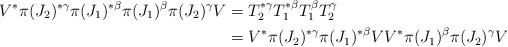
LaTeX: \begin{align*}V^*\pi(J_2)^{*\gamma}\pi(J_1)^{*\beta}\pi(J_1)^\beta\pi(J_2)^\gamma V&= T_2^{*\gamma}T_1^{*\beta}T_1^\beta T_2^\gamma\\&=V^*\pi(J_2)^{*\gamma}\pi(J_1)^{*\beta}VV^*\pi(J_1)^\beta\pi(J_2)^\gamma V\end{align*}